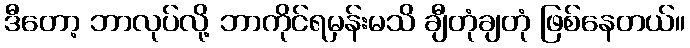
ဒီတော့ ဘာလုပ်လို့ ဘာကိုင်ရမှန်းမသိ ချီတုံချတုံ ဖြစ်နေတယ်။